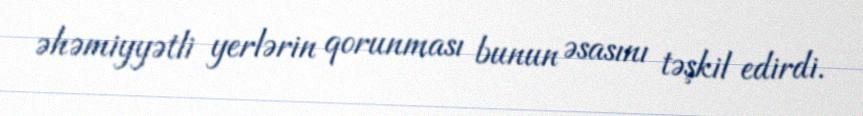
əhəmiyyətli yerlərin qorunması bunun əsasını təşkil edirdi.